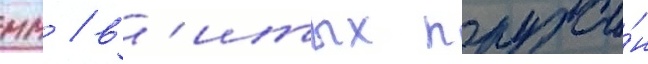
мм / в'итых пружи́н